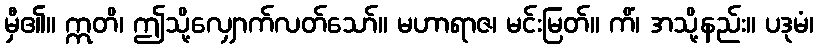
မှီ၏။ ဣတိ၊ ဤသို့လျှောက်လတ်သော်။ မဟာရာဇ၊ မင်းမြတ်။ ကိံ၊ အသို့နည်း။ ပဒုမံ၊